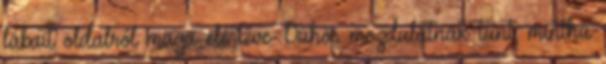
lábait oldalról maga elé téve. Dühös mozdulatnak tűnt, mintha